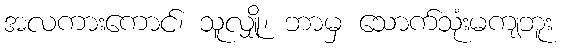
အလကားကောင်၊ သူလျှို၊ ဘာမှ သောက်သုံးမကျဘူး